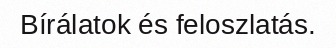
Bírálatok és feloszlatás.